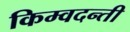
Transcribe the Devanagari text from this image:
किम्वदन्ती